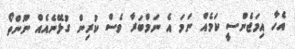
އެހާ އިމަޖެންސީ ކަމެއް ނަމަ އެ ނަމްބަރާ ވެސް ކުރިން ގުޅޭނެއެއް ނޫންތޯ